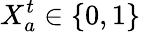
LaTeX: X_{a}^{t}\in\{ 0,1\}